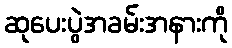
ဆုပေးပွဲအခမ်းအနားကို